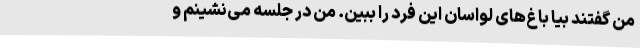
من گفتند بیا باغ‌های لواسان این فرد را ببین. من در جلسه می‌نشینم و